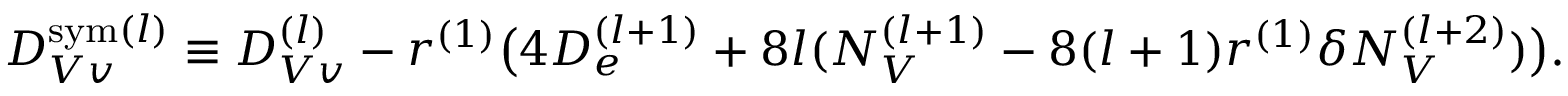
{ \cal D } _ { V v } ^ { \mathrm { s y m } ( l ) } \equiv { \cal D } _ { V v } ^ { ( l ) } - r ^ { ( 1 ) } \bigl ( 4 { \cal D } _ { e } ^ { ( l + 1 ) } + 8 l ( { \cal N } _ { V } ^ { ( l + 1 ) } - 8 ( l + 1 ) r ^ { ( 1 ) } \delta { \cal N } _ { V } ^ { ( l + 2 ) } ) \bigr ) .